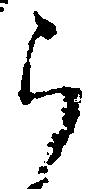
ら